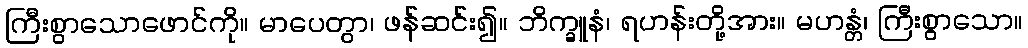
ကြီးစွာသောဖောင်ကို။ မာပေတွာ၊ ဖန်ဆင်း၍။ ဘိက္ခူနံ၊ ရဟန်းတို့အား။ မဟန္တံ၊ ကြီးစွာသော။